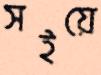
সইয়ে